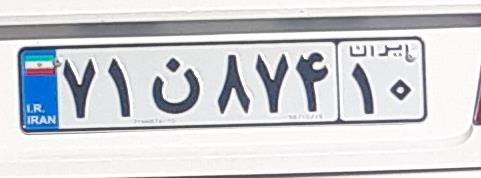
۷۱ن۸۷۴۱۰